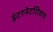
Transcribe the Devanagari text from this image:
इंटरनेटशिवाय